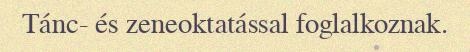
Tánc- és zeneoktatással foglalkoznak.